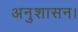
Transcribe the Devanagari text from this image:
अनुशासन।